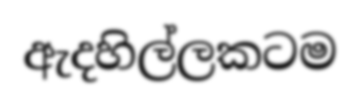
ඇදහිල්ලකටම